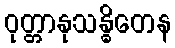
ဝုတ္တာနုသန္ဓိတေန